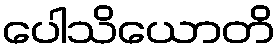
ပေါသိယောတိ